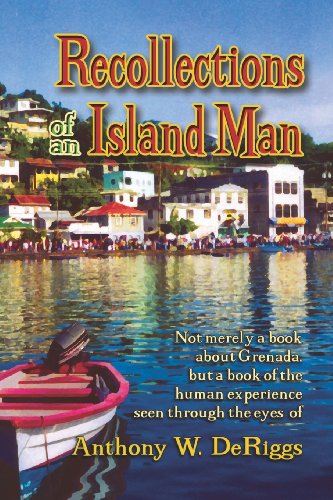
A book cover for Recollections of an Island Man; Anthony W. Deriggs; Travel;